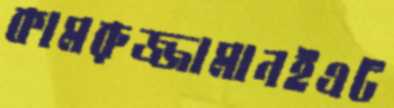
কামরুজ্জামানইএট